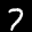
Label: 7